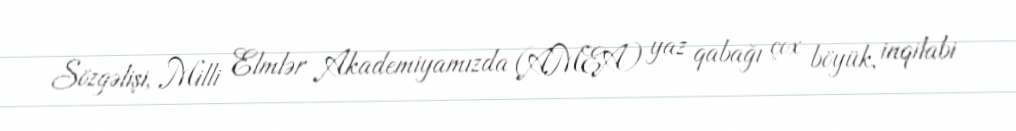
Sözgəlişi, Milli Elmlər Akademiyamızda (AMEA) yaz qabağı çox böyük, inqilabi